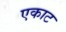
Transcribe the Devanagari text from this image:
एकाट